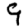
Digit: 9